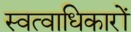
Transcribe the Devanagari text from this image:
स्वत्वाधिकारों